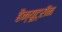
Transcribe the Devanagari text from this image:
हैन्यूट्रॉन